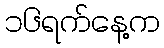
၁၆ရက်နေ့က